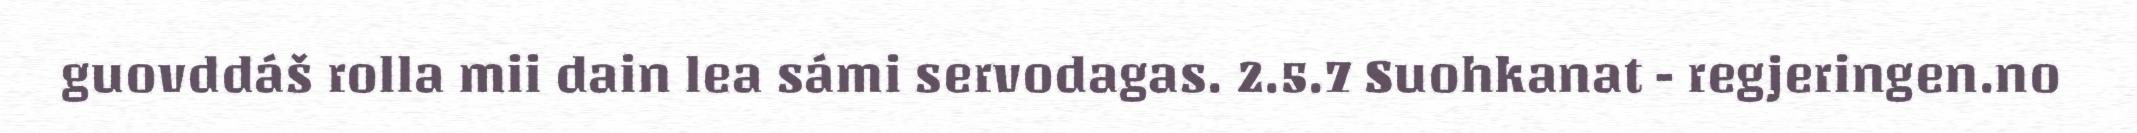
guovddáš rolla mii dain lea sámi servodagas. 2.5.7 Suohkanat - regjeringen.no